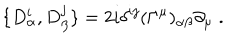
LaTeX: \{ D _ { \alpha } ^ { i } , D _ { \beta } ^ { j } \} = 2 i \delta ^ { i j } ( \Gamma ^ { \mu } ) _ { \alpha \beta } \partial _ { \mu } \; .